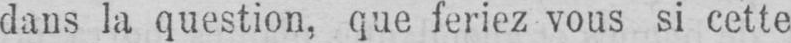
dans la question, que feriez vous si cette